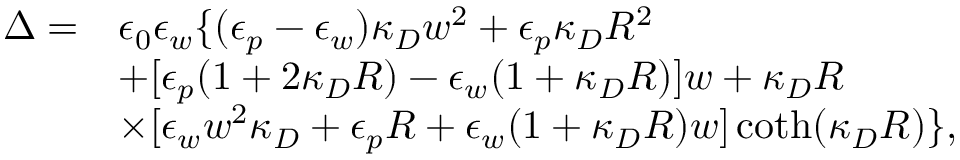
\begin{array} { r l } { \Delta = } & { \epsilon _ { 0 } \epsilon _ { w } \{ ( \epsilon _ { p } - \epsilon _ { w } ) \kappa _ { D } w ^ { 2 } + \epsilon _ { p } \kappa _ { D } R ^ { 2 } } \\ & { + [ \epsilon _ { p } ( 1 + 2 \kappa _ { D } R ) - \epsilon _ { w } ( 1 + \kappa _ { D } R ) ] w + \kappa _ { D } R } \\ & { \times [ \epsilon _ { w } w ^ { 2 } \kappa _ { D } + \epsilon _ { p } R + \epsilon _ { w } ( 1 + \kappa _ { D } R ) w ] \coth ( \kappa _ { D } R ) \} , } \end{array}